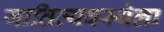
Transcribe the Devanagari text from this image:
जातिव्यवस्थेला